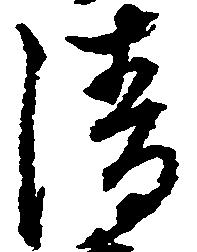
清